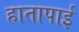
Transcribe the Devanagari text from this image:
हातापाई